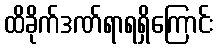
ထိခိုက်ဒဏ်ရာရရှိကြောင်း